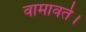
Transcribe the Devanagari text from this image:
वामावर्त।